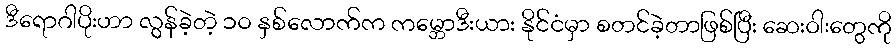
ဒီရောဂါပိုးဟာ လွန်ခဲ့တဲ့ ၁၀ နှစ်လောက်က ကမ္ဘောဒီးယား နိုင်ငံမှာ စတင်ခဲ့တာဖြစ်ပြီး ဆေးဝါးတွေကို